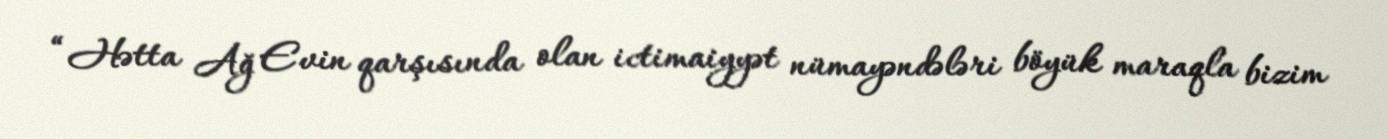
“Hətta Ağ Evin qarşısında olan ictimaiyyət nümayəndələri böyük maraqla bizim